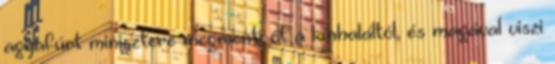
agyafúrt minisztere megmenti őt a kínhaláltól, és magával viszi